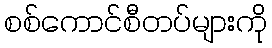
စစ်ကောင်စီတပ်များကို